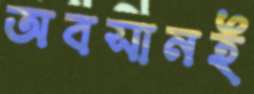
অবসানই